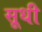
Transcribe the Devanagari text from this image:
सूधी